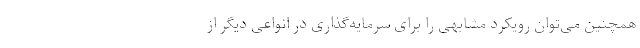
همچنین می‌توان رویکرد مشابهی را برای سرمایه‌گذاری در انواعی دیگر از